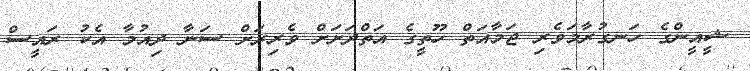
ޝީއީންގެ ހަނގުރާމަވެރި ޖަމާއަތް ހޫތީގެ އަތްދަށަށް ވެރިރަށް ސަނާ ދިއުމާ އެކު ރައީސް